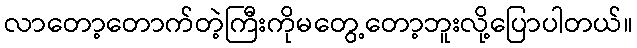
လာတော့တောက်တဲ့ကြီးကိုမတွေ့တော့ဘူးလို့ပြောပါတယ်။